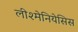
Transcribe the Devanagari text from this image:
लीश्मेनियेसिस